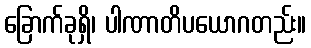
ခြောက်ခုရှိ၊ ပါဏာတိပယောဂတည်း။